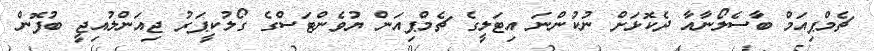
ޗެމްޕިއަމް ބާސެލޯނާއާ ދެކޮޅަށް ނުކުންނަ އިޓަލީގެ ޗެމްޕިއަން ޔުވެންޓަސްގެ ގޯލުކީޕަރު ޖިއަންލުއިޖީ ބުފޮން